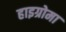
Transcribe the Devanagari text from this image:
हाइग्रोमा